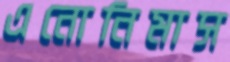
এনোনিমাস